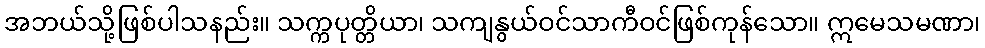
အဘယ်သို့ဖြစ်ပါသနည်း။ သက္ကပုတ္တိယာ၊ သကျနွယ်ဝင်သာကီဝင်ဖြစ်ကုန်သော။ ဣမေသမဏာ၊